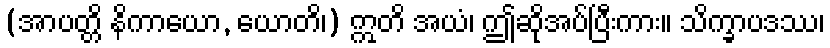
(အာပတ္တိ နိကာယော, ယောတိ၊) ဣတိ အယံ၊ ဤဆိုအပ်ပြီးကား။ သိက္ခာပဒဿ၊